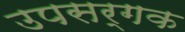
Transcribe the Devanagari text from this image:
उपसर्गक